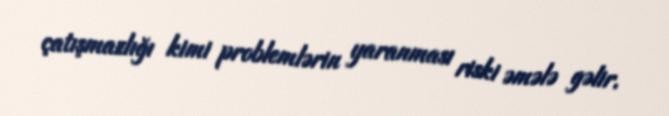
çatışmazlığı kimi problemlərin yaranması riski əmələ gəlir.